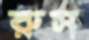
রুস